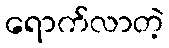
ရောက်လာတဲ့